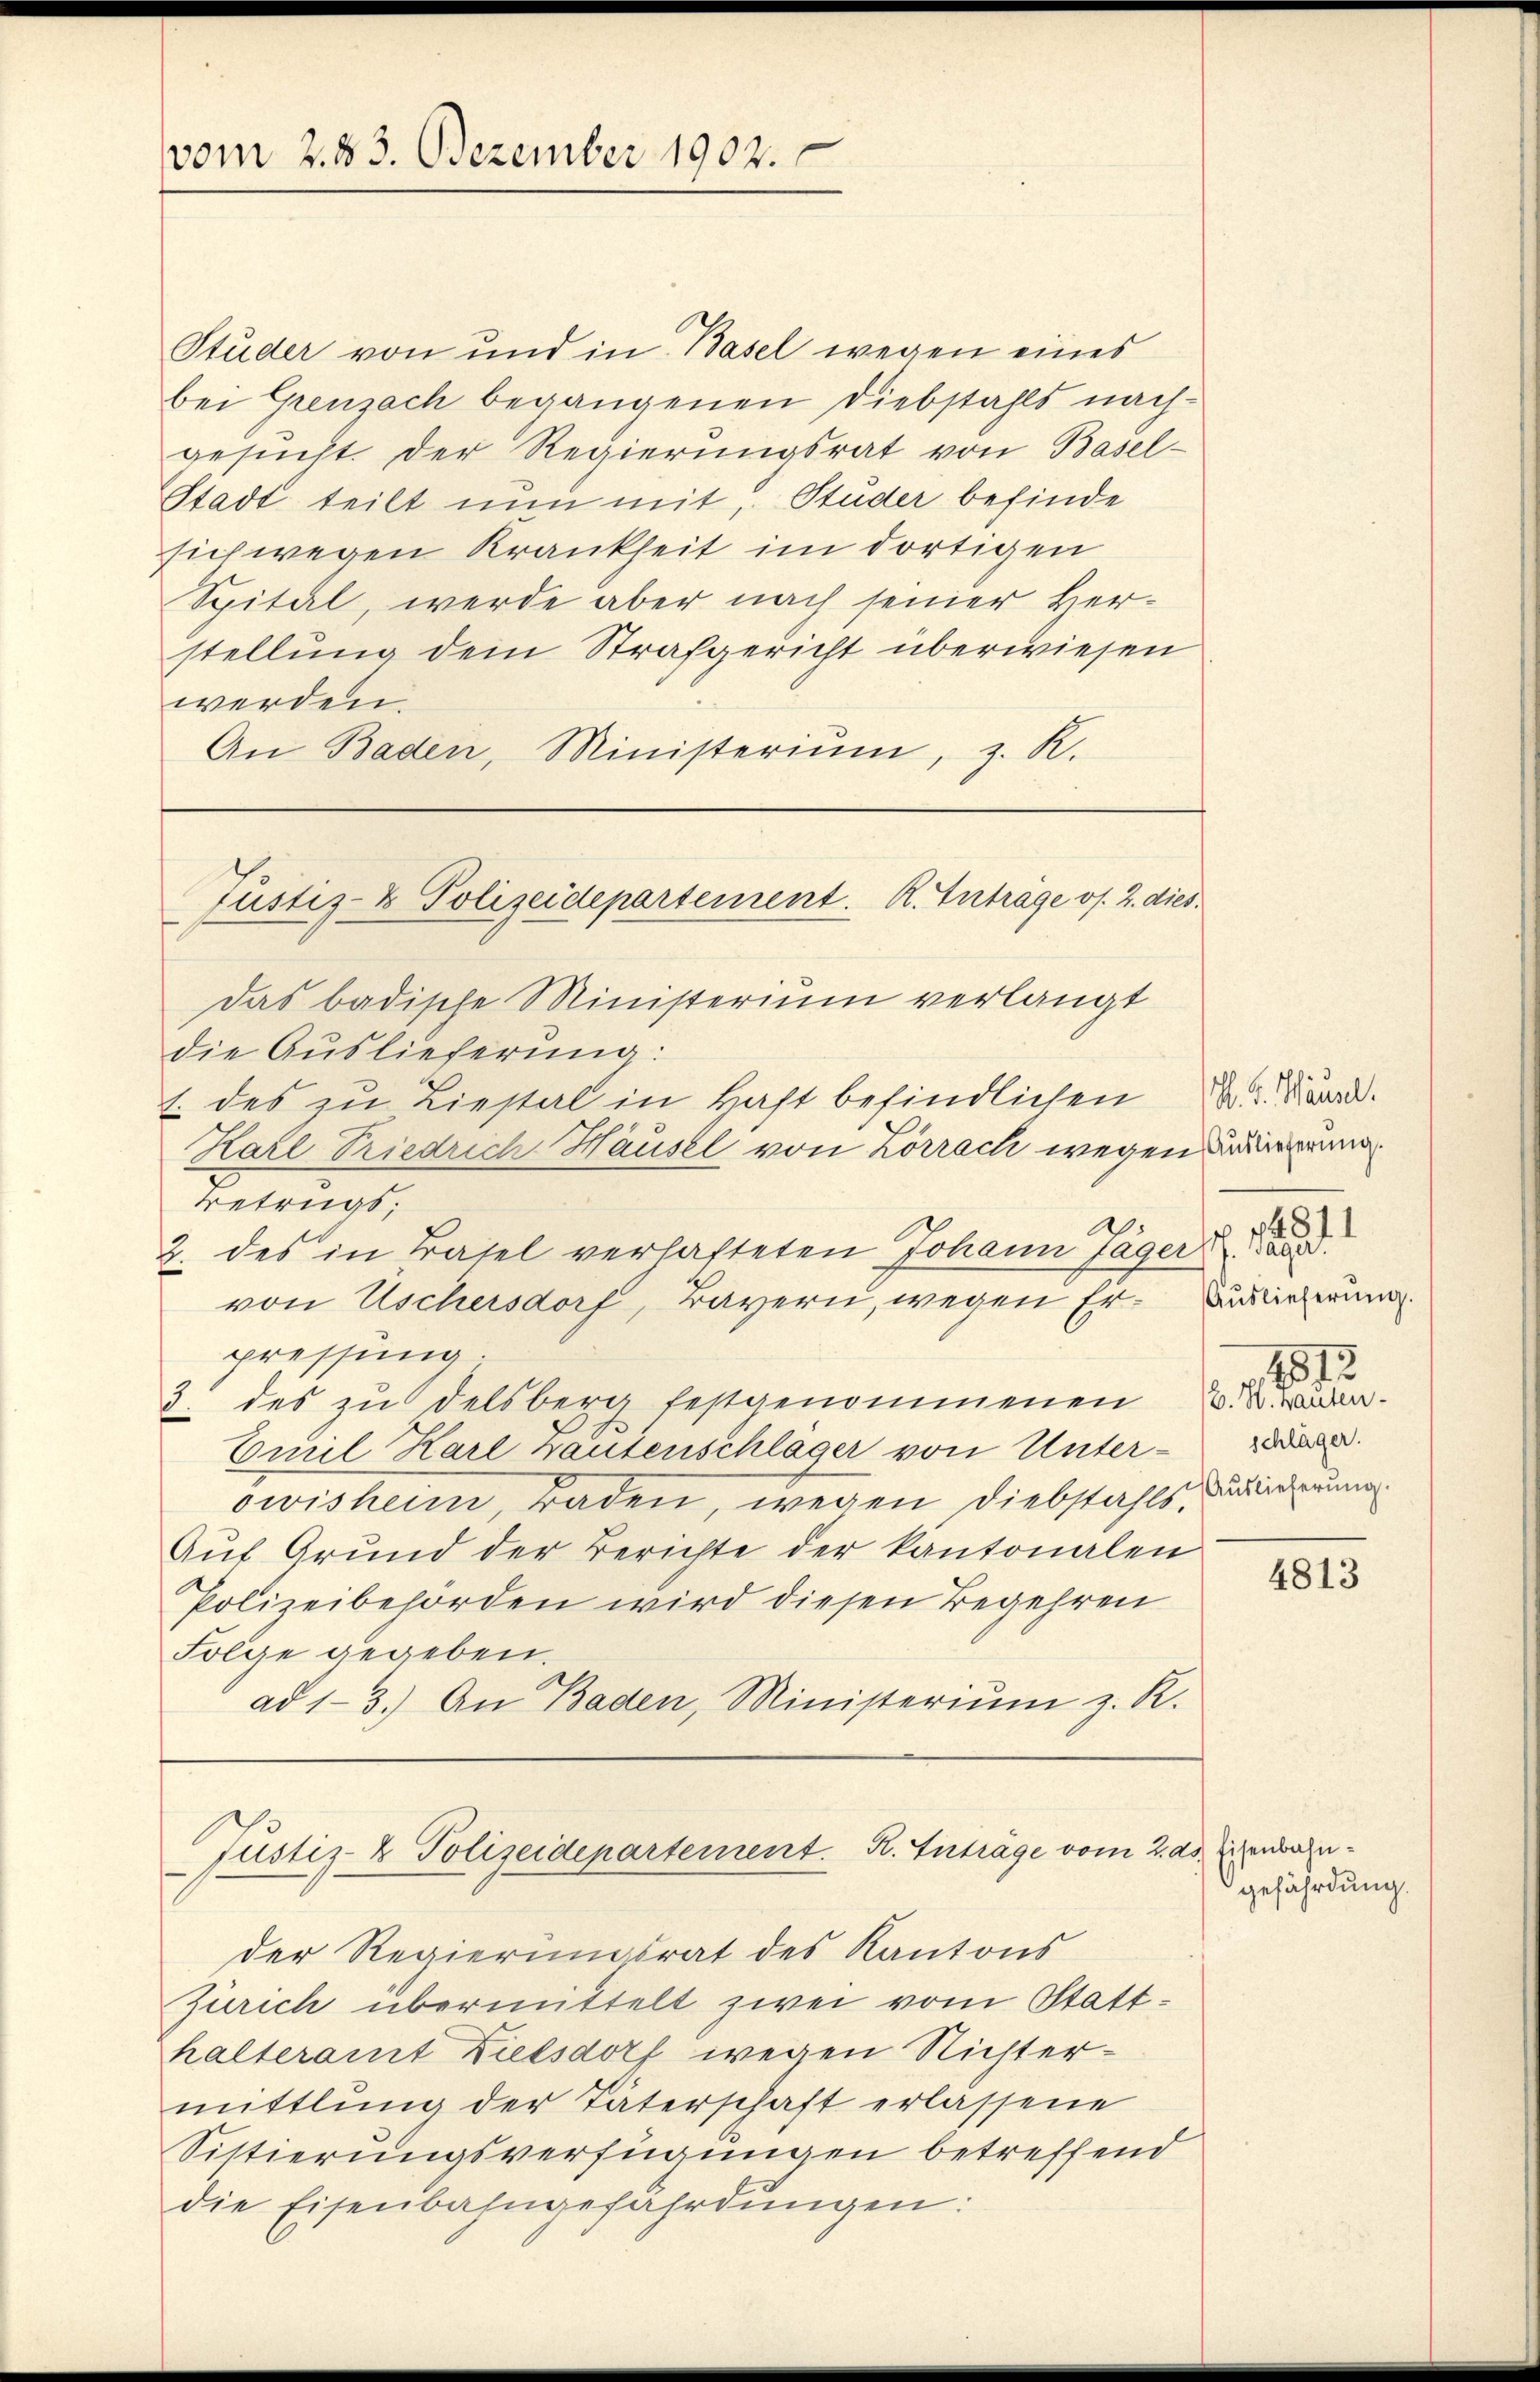
vom 2. 83. Dezember 1902.

Studer von und in Basel wegen eines
bei Grenzach begangenen Diebstahls nachgesŭcht. Der Regierŭngsrat von Basel-
Stadt teilt nun mit, Studer befinde
sich wegen Krankheit im dortigen
Spital, werde aber nach seiner Herstellung dem Strafgericht überwiesen
werden.
An Baden, Ministeriŭm, z. R.

Justiz- & Polizeidepartement. R. Inträge os. 2. dies

das badische Ministerium verlangt
die Auslieferung:
1. des zu Liestal in Haft befindlichen K. R. Bd.
Betrugs:
von Uschersdorf, Bayern, wegen Erpressung.
des zu delsberg festgenommenen B. an¬
5.
Curil, Karl Bautenschläger von Unterowisheim, Baden, wegen Diebstahls
Auf Grund der Berichte der kantonalen
Polizeibehörden wird diesen Begehren
Folge gegeben.
ad 1-3.) An Baden, Ministeriŭm z. R.

Hare Triedrich-Häusel von Lörrach wegen den
2. des in Basel verhafteten Johann Jäger

Fustiz- & Polizeidepartement. R. Anträge vom 2. ds. Eisenbau¬

der Regierungsrat des Kantons
Zürich übermittelt zwei vom Statthalteramt Zielsdorf wegen Nichtermittlung der Täterschaft erlassene
Sistierungsverfügungen betreffend
die Eisenbahngefährdungen:

Auslieferung.
1812.
schläger.
Auslieferung.

4813

gefährdung.